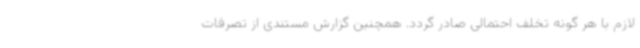
لازم با هر گونه تخلف احتمالی صادر گردد. همچنین گزارش مستندی از تصرفات